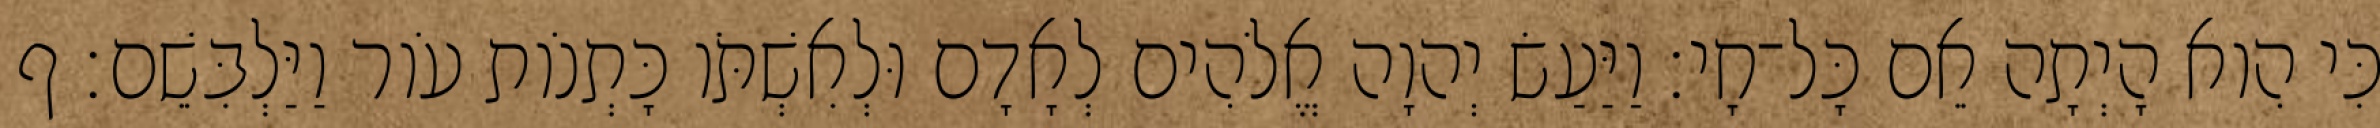
כִּי הִוא הָיְתָה אֵם כָּל־חָי׃ וַיַּעַשׂ יְהוָה אֱלֹהִים לְאָדָם וּלְאִשְׁתֹּו כָּתְנֹות עֹור וַיַּלְבִּשֵׁם׃ ף